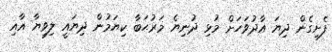
ފެށިގެން ދިޔަ އާދުވަހަށް މުޅި ދުނިޔެ މަރުޙަބާ ކިޔަމުން ދިޔައީ ލިވިޔާ އާއި